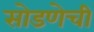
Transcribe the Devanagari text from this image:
सोडणेची